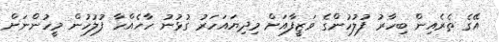
އޭގެ ތެރެއިން ބިހާރު ފުލުހުންގެ ވަޒީފާއަށް މިދިޔައަހަރު ގުޅުނު ހާހެއްހާ ފުލުހުން މީހުންނަށް